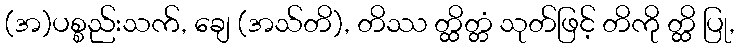
(အ)ပစ္စည်းသက်, ချေ (အသ်တိ), တိဿ တ္ထိတ္တံ သုတ်ဖြင့် တိကို တ္ထိ ပြု,